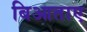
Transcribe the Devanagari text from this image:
बिआताए